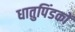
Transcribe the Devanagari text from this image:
धातुपिंडकों